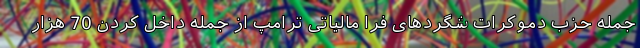
جمله حزب دموکرات شگردهای فرا مالیاتی ترامپ از جمله داخل کردن 70 هزار